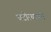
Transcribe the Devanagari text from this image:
घटोत्थापन